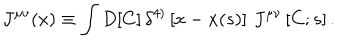
LaTeX: J ^ { \mu \nu } ( x ) \equiv \int D [ C ] \, \delta ^ { 4 ) } \left[ x - x ( s ) \right] \, J ^ { \mu \nu } \left[ C ; s \right] .